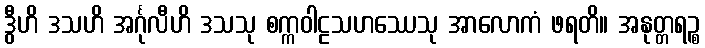
ဒွီဟိ ဒသဟိ အင်္ဂုလီဟိ ဒသသု စက္ကဝါဠသဟဿေသု အာလောကံ ဖရတိ။ အနုတ္တရဉ္စ